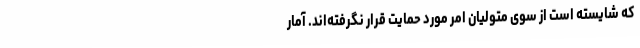
که شایسته است از سوی متولیان امر مورد حمایت قرار نگرفته‌اند. آمار